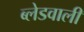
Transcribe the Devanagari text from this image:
ब्लेडवाली